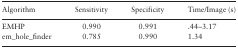
<table><thead><tr><td><b>Algorithm</b></td><td><b>Sensitivity</b></td><td><b>Specificity</b></td><td><b>Time/Image (s)</b></td></tr></thead><tbody><tr><td>EMHP</td><td>0.990</td><td>0.991</td><td>.44–3.17</td></tr><tr><td>em_hole_finder</td><td>0.785</td><td>0.990</td><td>1.34</td></tr></tbody></table>